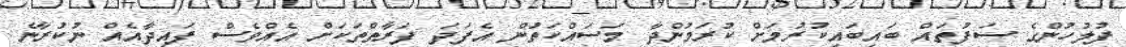
ފުލުހުންގެ ސަފުތައް ބައިބައިކުރުމަށް ކުރަމުންދާ މަސައްކަތުން އެފަދަ ފަރާތްތަކަށް އެއްވެސް ފައިދާއެއް ނުކުރާނެ